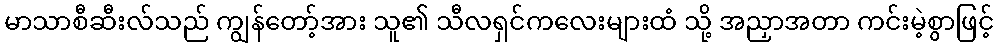
မာသာစီဆီးလ်သည် ကျွန်တော့်အား သူ၏ သီလရှင်ကလေးများထံ သို့ အညှာအတာ ကင်းမဲ့စွာဖြင့်